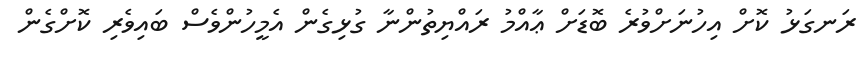
ރަނގަޅު ކޮށް އިހުނަށްވުރެ ބޮޑަށް ޢާއްމު ރައްޔިތުންނާ ގުޅިގެން އެމީހުންވެސް ބައިވެރި ކޮށްގެން